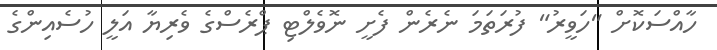
ހާއްސަކޮށް "ހަވީރު" ފުރަތަމަ ނެރެން ފެށީ ނޮވެލްޓި ޕްރެސްގެ ވެރިޔާ އަލީ ހުސެއިންގެ